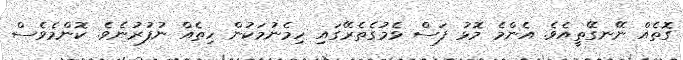
ގޮތެއް ނޭނގޭތީއެވެ. އެންމެ މޮޅު ފަސް ޅެމުގެތެރޭގައި ހިމެނުމަކުން ހިތެއް ނުފުރުނެވެ. ކޮންމެވެސް